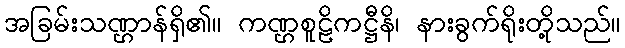
အခြမ်းသဏ္ဌာန်ရှိ၏။ ကဏ္ဌစူဠိကဋ္ဌီနိ၊ နားခွက်ရိုးတို့သည်။